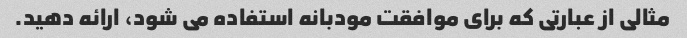
مثالی از عبارتی که برای موافقت مودبانه استفاده می شود، ارائه دهید.